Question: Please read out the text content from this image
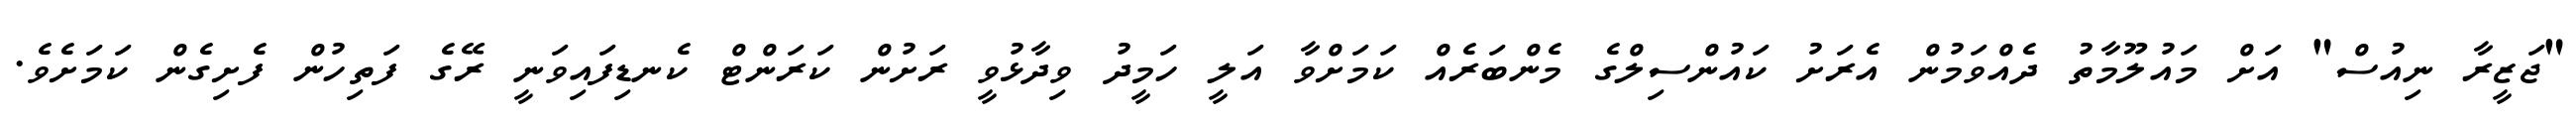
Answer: "ޖަޒީރާ ނިއުސް" އަށް މައުލޫމާތު ދެއްވަމުން އެރަށު ކައުންސިލްގެ މެންބަރެއް ކަމަށްވާ އަލީ ހަމީދު ވިދާޅުވީ ރަށުން ކަރަންޓް ކެނޑިފައިވަނީ ރޭގެ ފަތިހުން ފެށިގެން ކަމަށެވެ.